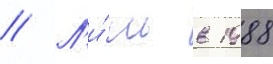
// Л'и́шь в 1988